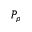
P _ { \rho }